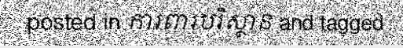
posted in ការពារបរិស្ថាន and tagged